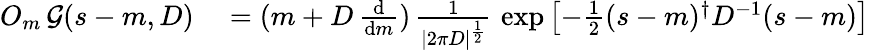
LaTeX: \begin{array}{rl}{O_{m}\, {\mathcal{G}}(s-m,D)}&{{}=(m+D\, {\frac{\mathrm{d}}{\mathrm{d}m}})\, {\frac{1}{|2\pi D|^{\frac{1}{2}}}}\, \exp\left[-{\frac{1}{2}}(s-m)^{\dagger}D^{-1}(s-m)\right]}\end{array}